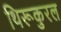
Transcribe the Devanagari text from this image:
थिरूकुरल